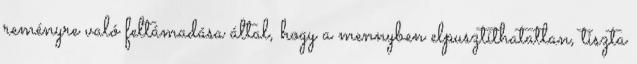
reményre való feltámadása által, hogy a mennyben elpusztíthatatlan, tiszta